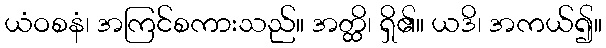
ယံဝစနံ၊ အကြင်စကားသည်။ အတ္ထိ၊ ရှိ၏။ ယဒိ၊ အကယ်၍။